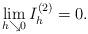
LaTeX: \begin{align*}\lim_{h \searrow 0}I_h^{(2)} =0.\end{align*}